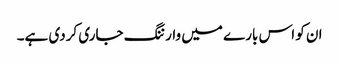
ان کو اس بارے میں وارننگ جاری کردی ہے۔